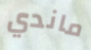
ماندي